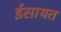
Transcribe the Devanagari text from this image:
ईसायत